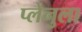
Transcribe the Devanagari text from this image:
प्लेनुला